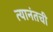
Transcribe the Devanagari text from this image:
त्यानंतची